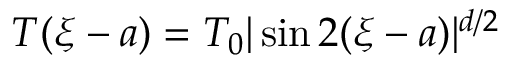
T ( \xi - a ) = T _ { 0 } | \sin 2 ( \xi - a ) | ^ { d / 2 }